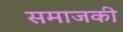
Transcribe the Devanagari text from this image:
समाजकी